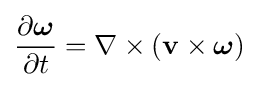
{\frac {\partial {\boldsymbol {\omega }}}{\partial t}}=\nabla \times (\mathbf {v} \times {\boldsymbol {\omega }})